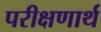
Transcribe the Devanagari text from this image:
परीक्षणार्थ